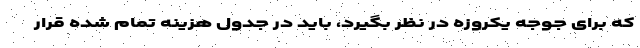
که برای جوجه یکروزه در نظر بگیرد، باید در جدول هزینه تمام شده قرار